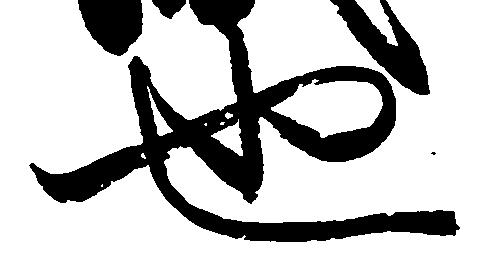
也